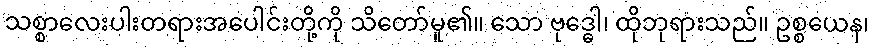
သစ္စာလေးပါးတရားအပေါင်းတို့ကို သိတော်မူ၏။ သော ဗုဒ္ဓေါ၊ ထိုဘုရားသည်။ ဥစ္စယေန၊